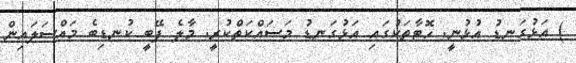
) އަޅުގަނޑު އުޅުނީ. ހޮޓާތަކުގައި އަޅުގަނޑު މަސައްކަތްކުރީ. މާލެ ފޭބީ ކުނޑިބެ މައްސަލައިން